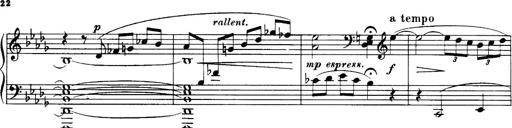
Title: 3 Sonatinas, Op.67
Composer: Jean Sibelius